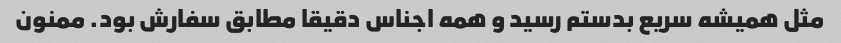
مثل همیشه سریع بدستم رسید و همه اجناس دقیقا مطابق سفارش بود. ممنون